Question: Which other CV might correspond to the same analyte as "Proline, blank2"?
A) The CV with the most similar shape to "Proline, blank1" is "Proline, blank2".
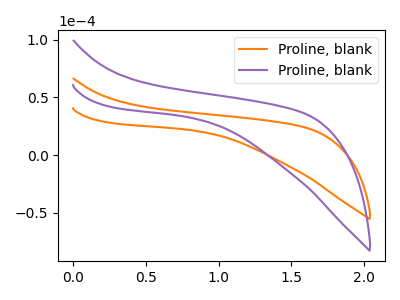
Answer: <think>The orange curve "Proline, blank1" has no peaks. The purple curve "Proline, blank2" has no peaks.
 Neither "Proline, blank1" or "Proline, blank2" have any peaks.</think>
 <answer>A) The CV with the most similar shape to "Proline, blank1" is "Proline, blank2".</answer>
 <eval>A</eval>